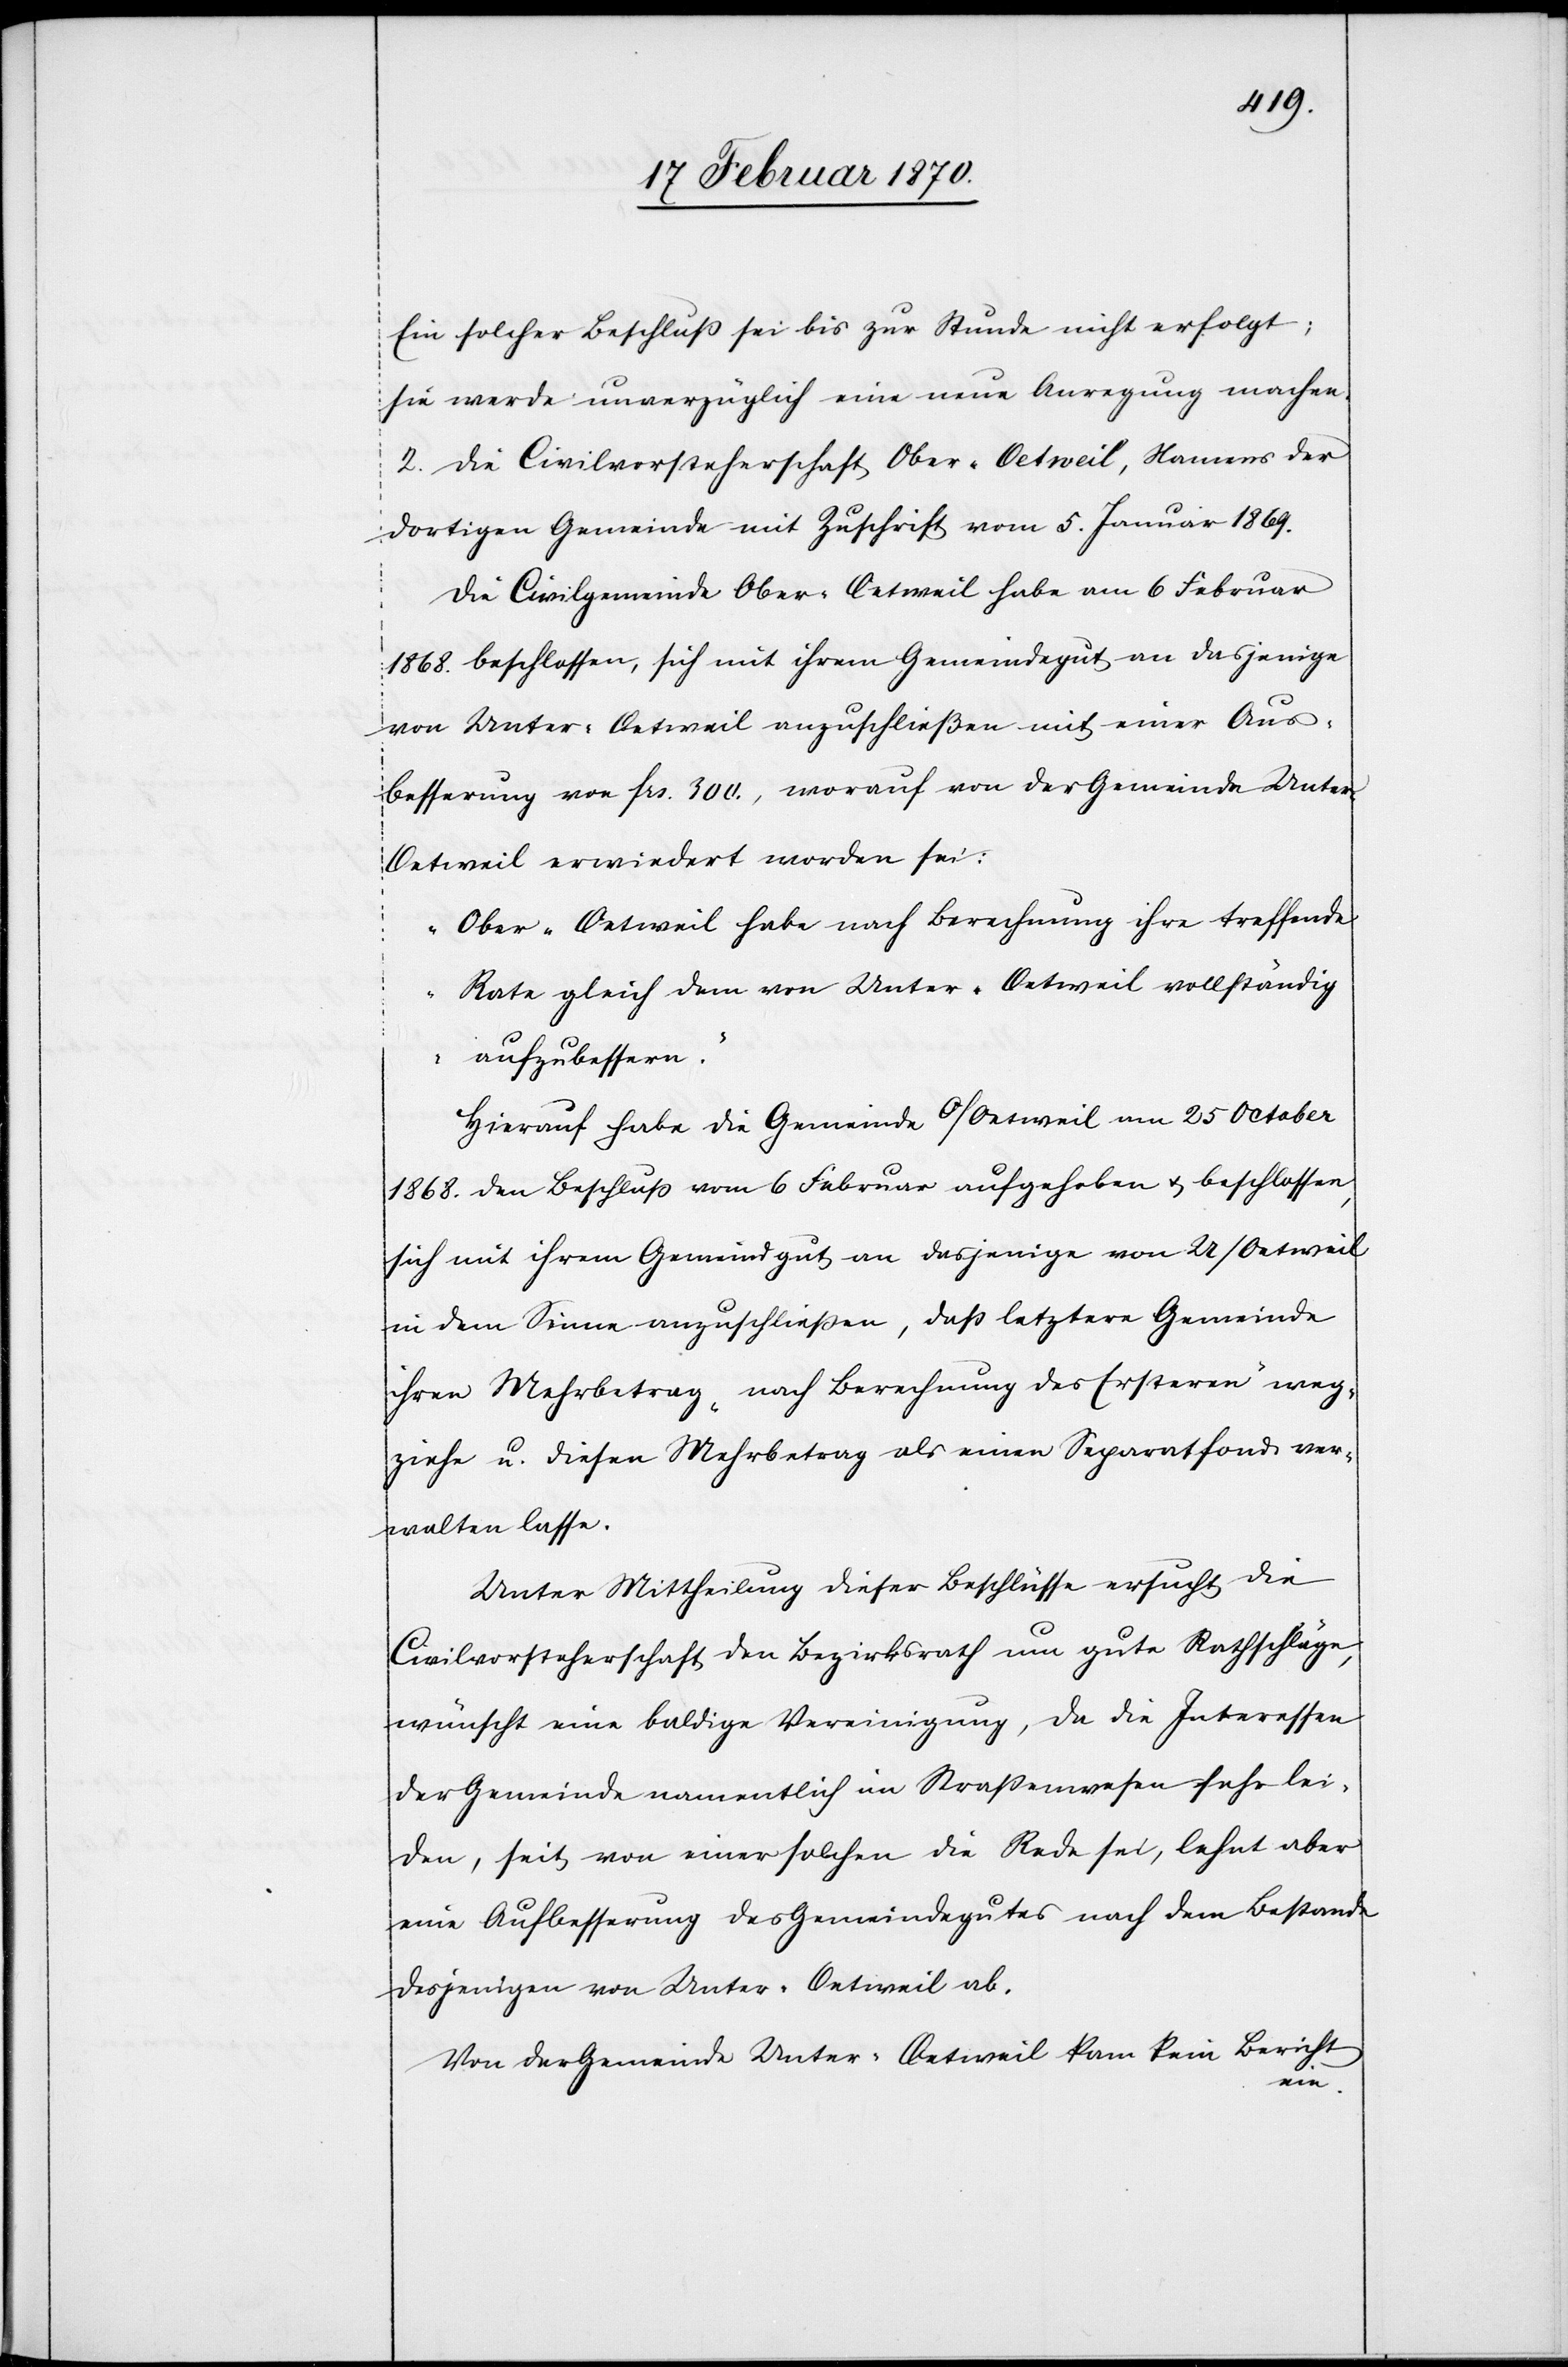
Ein solcher Beschluss sei bis zur Stunde nicht erfolgt;
sie werde unverzüglich eine neue Anregung machen.
2. Die Civilvorsteherschaft Ober-Oetweil, Namens der
dortigen Gemeinde mit Zuschrift vom 5. Januar 1869.
Die Civilgemeinde Ober-Oetweil habe am 6 Februar
1868. beschlossen, sich mit ihrem Gemeindegut an dasjenige
von Unter-Oetweil anzuschließen mit einer Aus¬
besserung von frs. 300., worauf von der Gemeinde Unte¬
r-Oetweil erwiedert worden sei:
„Ober-Oetweil habe nach Berechnung ihre treffende
Rate gleich dem von Unter-Oetweil vollständig
aufzubessern.“
Hierauf habe die Gemeinde O/Oetweil am 25 October
1868. den Beschluss vom 6 Februar aufgehoben u. beschlossen
sich mit ihrem Gemeindgut an dasjenige von U/Oetweil
in dem Sinne anzuschliessen, dass letztere Gemeinde
ihren Mehrbetrag „nach Berechnung des Ersteren“ weg¬
ziehe u. diesen Mehrbetrag als einen Separatfond ver¬
walten lasse.
Unter Mittheilung dieser Beschlüsse ersucht die
Civilvorsteherschaft den Bezirksrath um gute Rathschläge,
wünscht eine baldige Vereinigung, da die Interessen
der Gemeinde namentlich im Strassenwesen sehr lei¬
den, seit von einer solchen die Rede sei, lehnt aber
eine Aufbesserung des Gemeindegutes nach dem Bestande
desjenigen von Unter-Oetweil ab.
Von der Gemeinde Unter-Oetweil kam kein Bericht
ein.